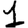
Digit: 1